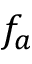
f _ { a }